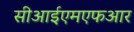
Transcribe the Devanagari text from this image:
सीआईएमएफआर